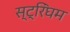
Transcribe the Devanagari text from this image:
स्ट्रिंघम